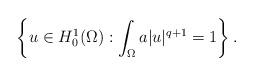
LaTeX: \begin{align*}\left\{ u \in H_{0}^{1}(\Omega): \int_{\Omega}a|u|^{q+1}=1\right\} .\end{align*}